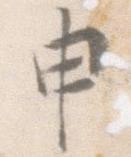
申